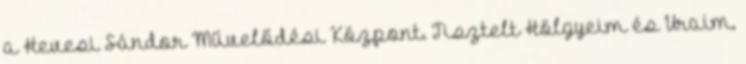
a Hevesi Sándor Művelődési Központ. Tisztelt Hölgyeim és Uraim,